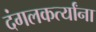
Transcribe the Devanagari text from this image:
दंगलकर्त्यांना